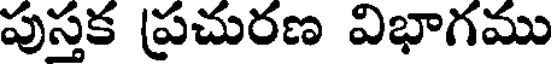
పుస్తక ప్రచురణ విభాగము